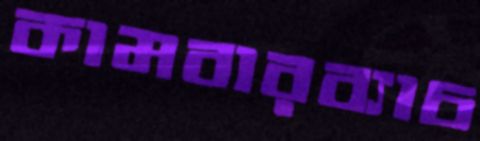
কামবারব্যাচ